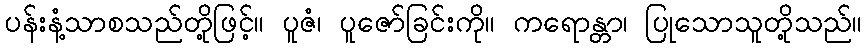
ပန်းနံ့သာစသည်တို့ဖြင့်။ ပူဇံ၊ ပူဇော်ခြင်းကို။ ကရောန္တာ၊ ပြုသောသူတို့သည်။